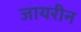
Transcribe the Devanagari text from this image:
जायरीन